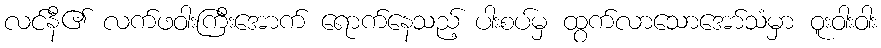
လင်နီ၏ လက်ဖဝါးကြီးအောက် ရောက်နေသည့် ပါးစပ်မှ ထွက်လာသောအော်သံမှာ ဝူးဝါးဝါး